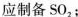
应制备SO_{2}；